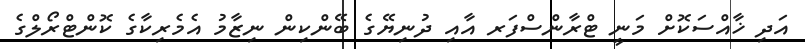
އަދި ޚާއްސަކޮށް މަނީ ޓްރާންސްފަރ އާއި ދުނިޔޭގެ ބޭންކިން ނިޒާމު އެމެރިކާގެ ކޮންޓްރޯލްގެ